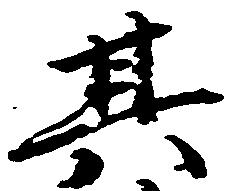
其